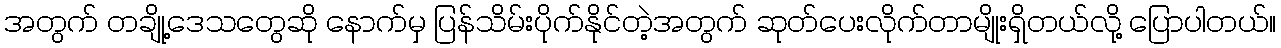
အတွက် တချို့ဒေသတွေဆို နောက်မှ ပြန်သိမ်းပိုက်နိုင်တဲ့အတွက် ဆုတ်ပေးလိုက်တာမျိုးရှိတယ်လို့ ပြောပါတယ်။